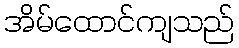
အိမ်ထောင်ကျသည်